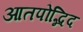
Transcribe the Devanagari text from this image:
आतपोद्भिद